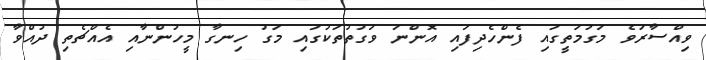
ވިއްސާރަވެ މަގުމަތީގައި ފެންހެދިފައި އޮންނަ ވަގުތުތަކުގައި މަގު ހިނގާ މީހުންނާއި އެއްޗެތި ދުއްވާ